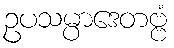
ဥပသမ္ပာဒေတဗ္ဗံ